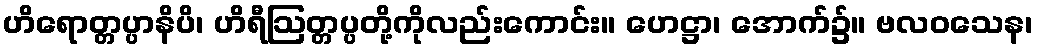
ဟိရောတ္တပ္ပာနိပိ၊ ဟိရီဩတ္တပ္ပတို့ကိုလည်းကောင်း။ ဟေဋ္ဌာ၊ အောက်၌။ ဗလဝသေန၊